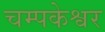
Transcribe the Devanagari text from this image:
चम्पकेश्वर